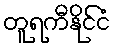
တူရကီနိုင်ငံ